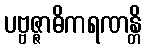
ပဗ္ဗဇ္ဇာဓိကရဏန္တိ